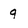
Character: 9